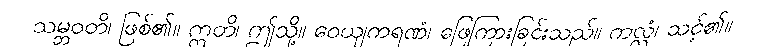
သမ္ဘဝတိ၊ ဖြစ်၏။ ဣတိ၊ ဤသို့။ ဝေယျကရဏံ၊ ဖြေကြားခြင်းသည်။ ကလ္လံ၊ သင့်၏။